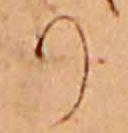
り